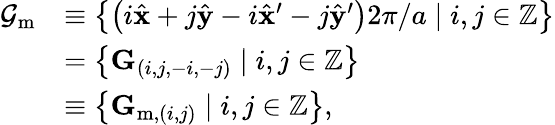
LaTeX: \begin{array}{rl}{\mathcal{G}_{\mathrm{m}}}&{\equiv\left\{ \left({i}\hat{\mathbf{x}}+{j}\hat{\mathbf{y}}-{i}\hat{\mathbf{x}}^{\prime}-{j}\hat{\mathbf{y}}^{\prime}\right)2\pi/a\mid{i},{j}\in\mathbb{Z}\right\} }\\ &{=\left\{ \mathbf{G}_{(i,j,-i,-j)}\mid i,j\in\mathbb{Z}\right\} }\\ &{\equiv\left\{ \mathbf{G}_{\mathrm{m},(i,j)}\mid i,j\in\mathbb{Z}\right\} ,}\end{array}